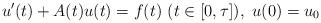
LaTeX: \begin{align*}u'(t) + A(t) u(t) = f(t)\ (t \in [0, \tau]), \ u(0) = u_0\end{align*}